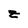
Character: z